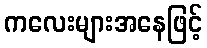
ကလေးများအနေဖြင့်